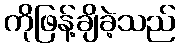
ကိုဖြန့်ချိခဲ့သည်